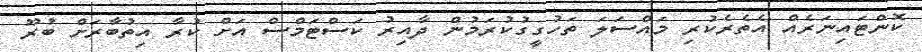
ކޮންޓައިނަރެއް އެތެރެކުރި މައްސަލަ ތަހުގީގުކުރަމުން ދާއިރު ކަސްޓަމްސް އަށް ކުރާ އިތުބާރަށް ބުރޫ